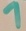
Text: 1